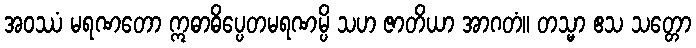
အဝဿံ မရဏတော ဣဓာဓိပ္ပေတမရဏမ္ပိ သဟ ဇာတိယာ အာဂတံ။ တသ္မာ ဧသ သတ္တော